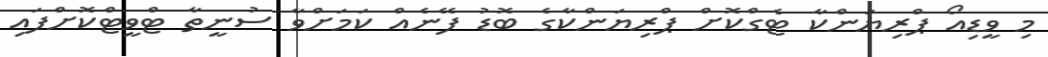
މި ވީޑިއޯ ޕްރިޔަންކާ ޓެގްކޮށް ޕްރިޔަންކާގެ ބޮޑު ފޭނެއް ކަމަށްވާ ސުނީތާ ޓްވީޓްކޮށްފައި